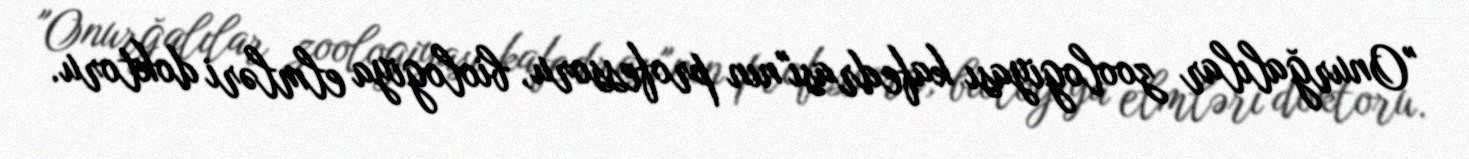
"Onurğalılar zoologiyası kafedrası"nın professoru, biologiya elmləri doktoru.